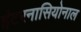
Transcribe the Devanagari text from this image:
इंटरनासियोनाल